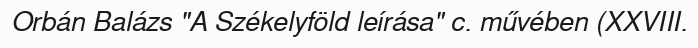
Orbán Balázs "A Székelyföld leírása" c. művében (XXVIII.